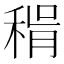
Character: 𥟮